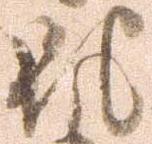
馳